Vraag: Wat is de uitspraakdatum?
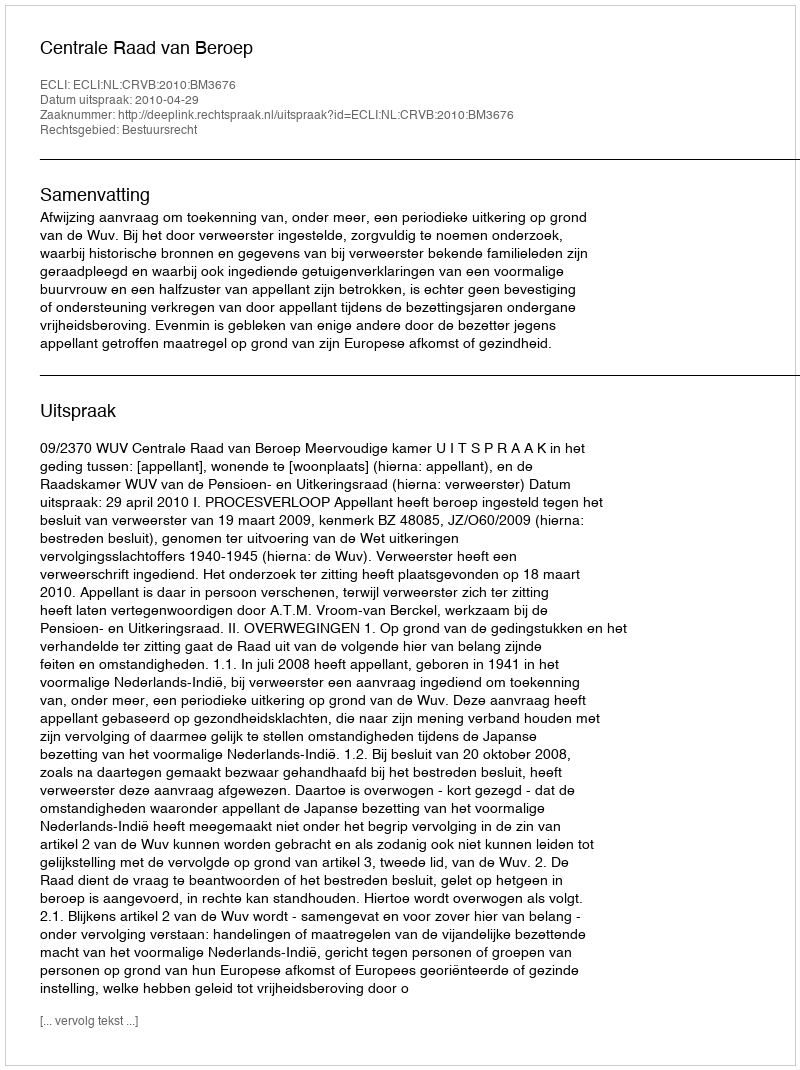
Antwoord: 2010-04-29